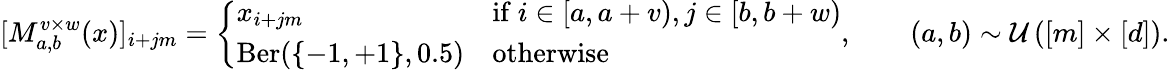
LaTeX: [M_{a,b}^{v\times w}(x)]_{i+jm}=\left\{ \begin{array}{ll}{x_{i+jm}}&{\mathrm{if~}i\in[a,a+v),j\in[b,b+w)}\\ {\operatorname{Ber}(\{ -1,+1\} ,0.5)}&{\mathrm{otherwise}}\end{array}\right.,\qquad(a,b)\sim{\cal U}\left([m]\times[d]\right).